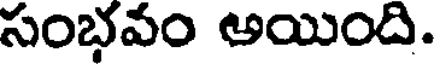
సంభవం అయింది.